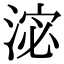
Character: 淧